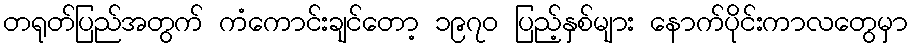
တရုတ်ပြည်အတွက် ကံကောင်းချင်တော့ ၁၉၇၀ ပြည့်နှစ်များ နောက်ပိုင်းကာလတွေမှာ